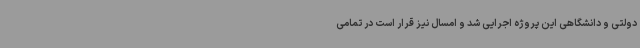
دولتی و دانشگاهی این پروژه اجرایی شد و امسال نیز قرار است در تمامی